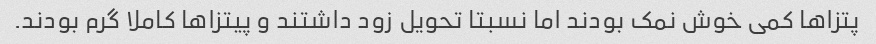
پتزا‌ها کمی خوش نمک بودند اما نسبتا تحویل زود داشتند و پیتزا‌ها کاملا گرم بودند.